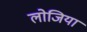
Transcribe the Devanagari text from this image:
लोजिया